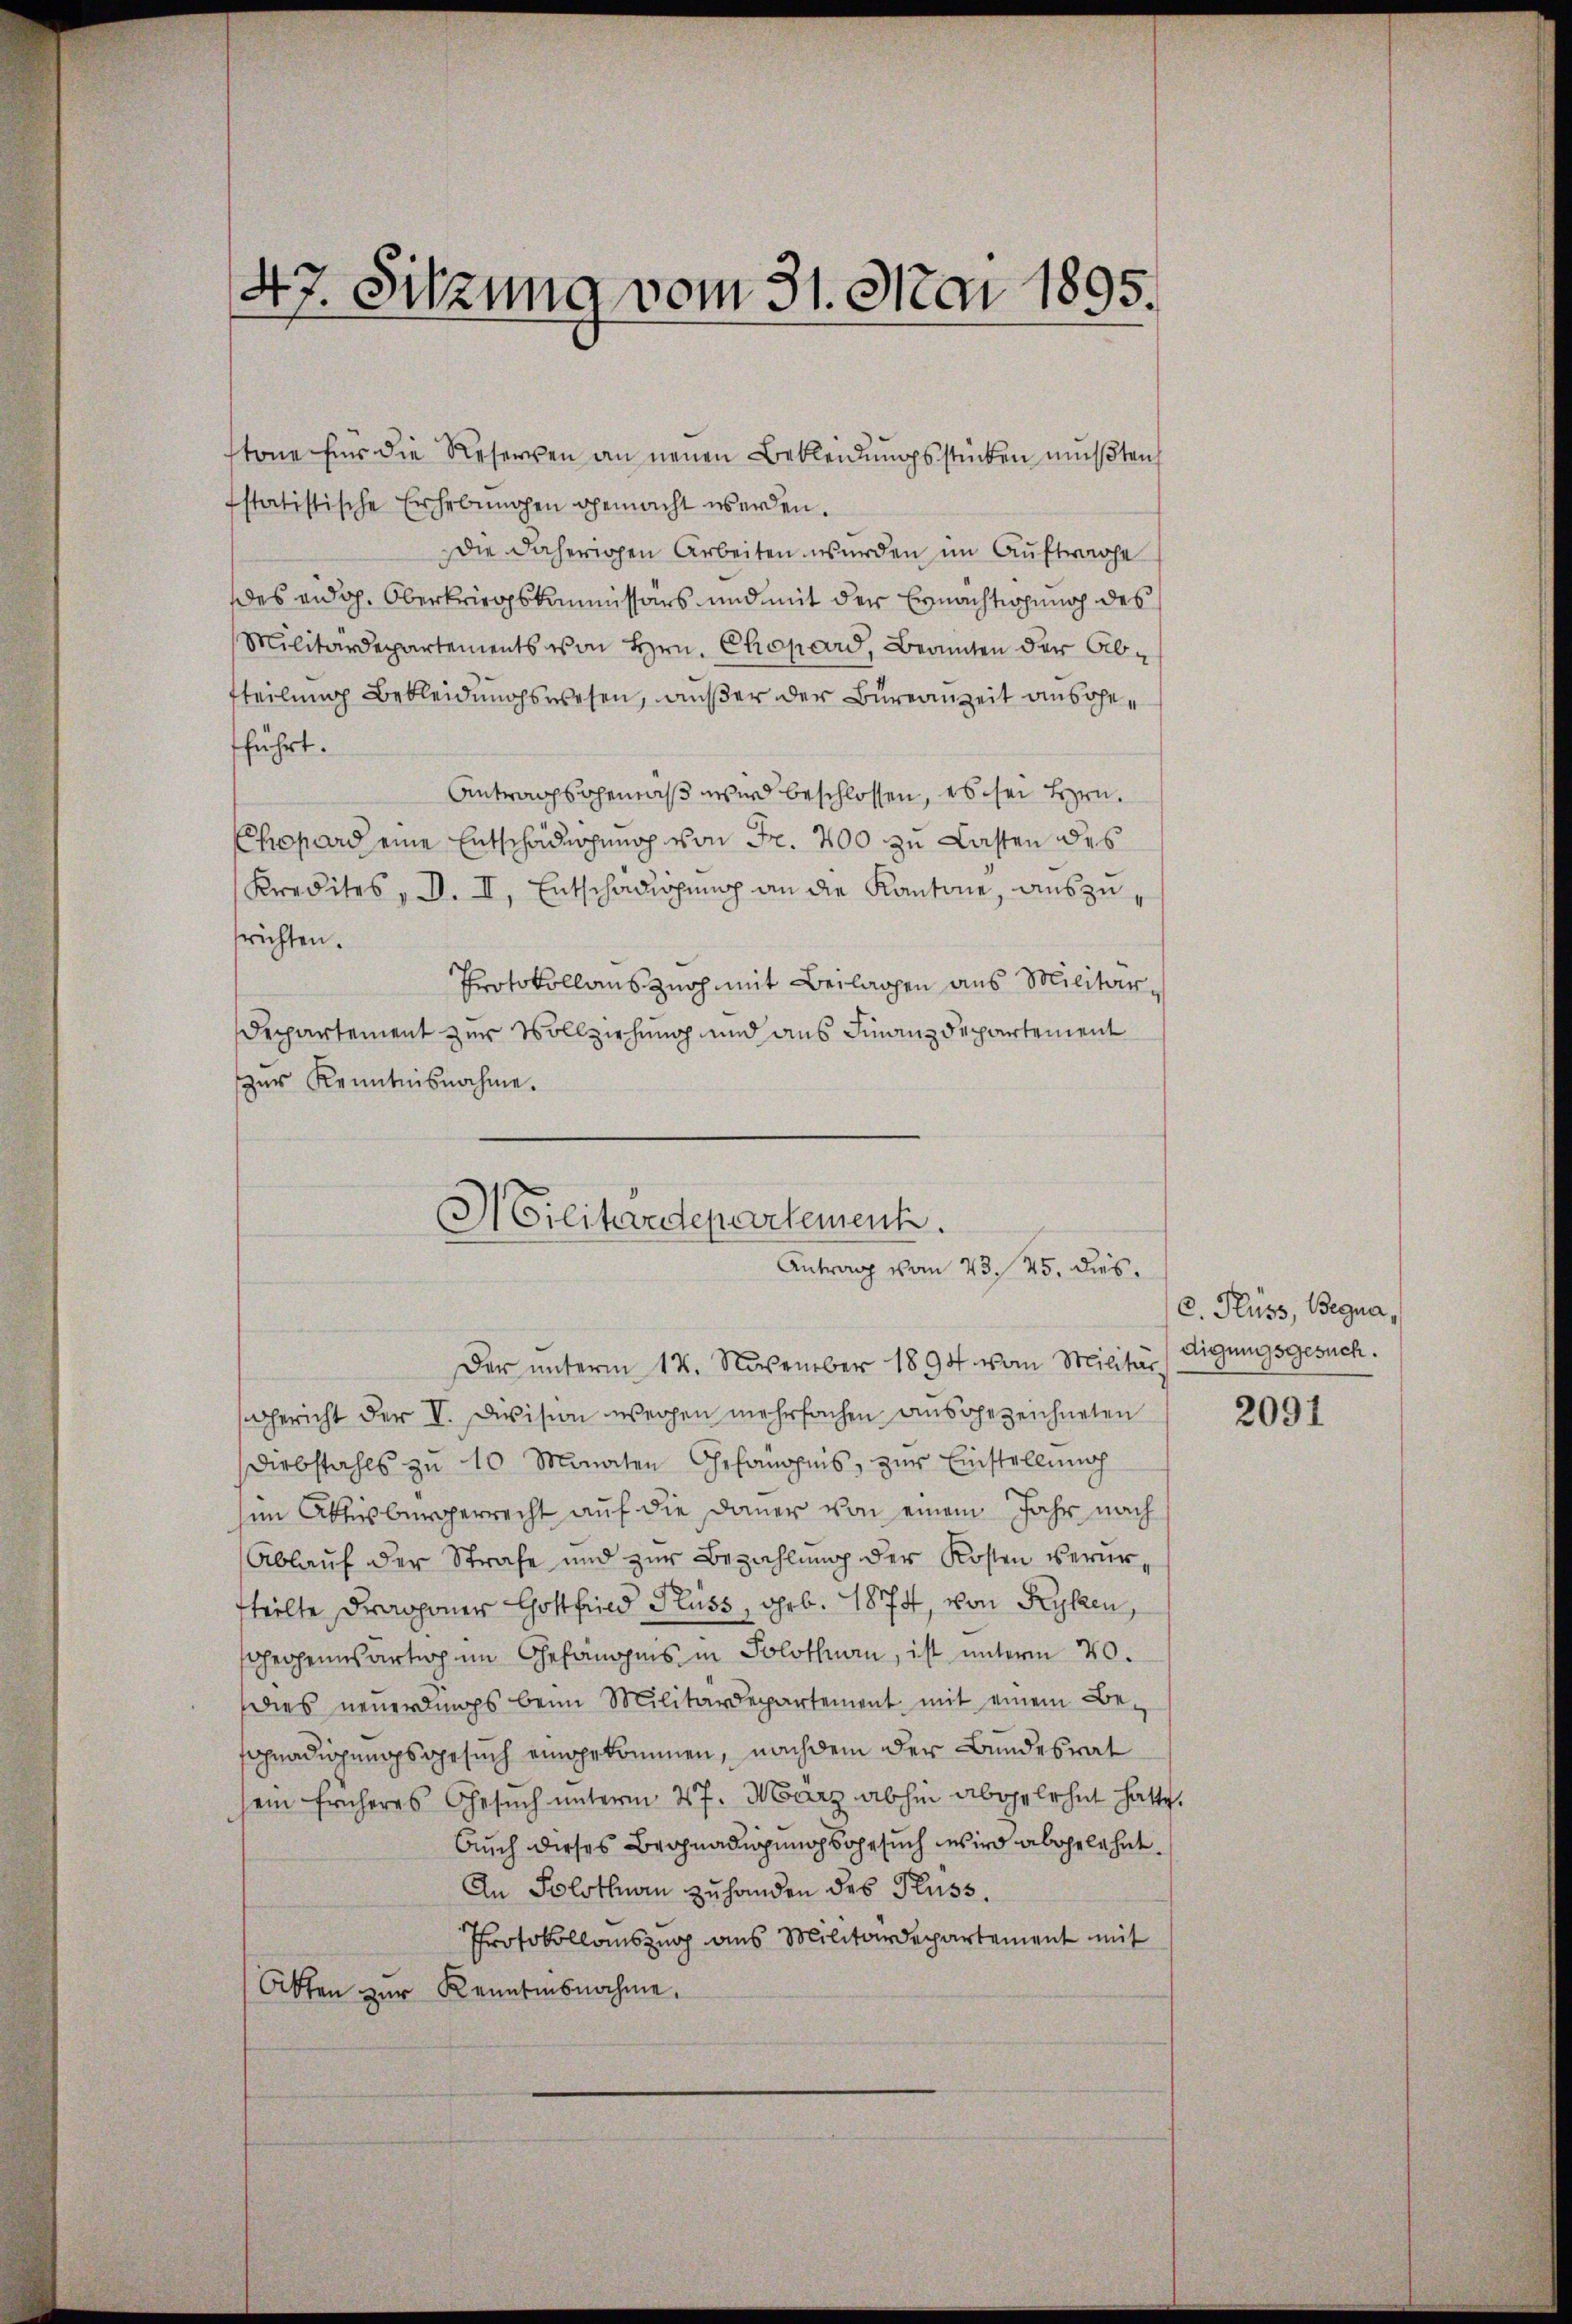
47. Sitzung vom 31. Mai 1895.

stone für die Reserven an neuen Bekleidungsstücken müßten,
fstatistische Erhebungen gemacht werden.
die daherigen Arbeiten wurden im Auftrage
es eidg. Oberkriegskommissärs und mit der Erachtigung des
Militärdepartements von Hrn. Chopard, Beamten der Abtteilung Bekleidungswesen, außer der Bureauzeit ansoheführt.
Antragsgemäß wird beschlossen, es sei Hrn.
Chopard eine Entschädigung von Fr. 400 zu Lasten des
Kredites, d. II, Entschädigung an die Kantone, auszu
trichten.
Protokollans Zuch mit Beilagen aus Militär¬
Departement zur Vollziehung und aus Finanzdepartement
zur Kenntnisnahme.

Der unterm 12. November 1894 vom Militär
Gericht der V. Division wegen mehrfachen, ausgezeichneten
Diebstahls zu 10 Monaten Gefängnis, zur Einstellung
im Aktesbürgerrecht auf die Dauer von einem Jahr nach
Ablauf der Strafe und zur Bezahlung der Kosten verurfteilte Drapponer Gottfried Fluss, geb. 1874, von Kyken,
sgegenwärtig im Gefängnis in Solothurn, ist unterm 20.
dies neuerdings beim Militärdepartement mit einem Be-
gnadigungsgesuch eingekommen, nachdem der Bundesrat
sein früheres Gesuch unterm 27. März abhin abgelehnt hatte.
Auch dieses Begnadigungsgesuch wird abgelehnt.
An Solothurn zu handen des Fluss.
Protokollauszug aus Militärdepartement mit
Okten zur Kenntnisnahme,

Cilitärdepartement.
Antrag vom 23. 25. dies

C. Fluss, Begna,
digungsgesuch.

2091